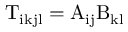
\mathrm { T } _ { \mathrm { i k j l } } = \mathrm { A } _ { \mathrm { i j } } \mathrm { B } _ { \mathrm { k l } }